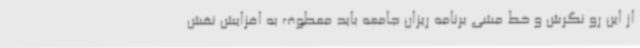
از این رو نگرش و خط مشی برنامه ریزان جامعه باید معطوف به افزایش نقش